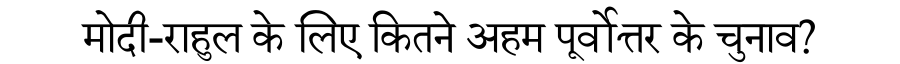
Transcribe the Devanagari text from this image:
मोदी-राहुल के लिए कितने अहम पूर्वोत्तर के चुनाव?